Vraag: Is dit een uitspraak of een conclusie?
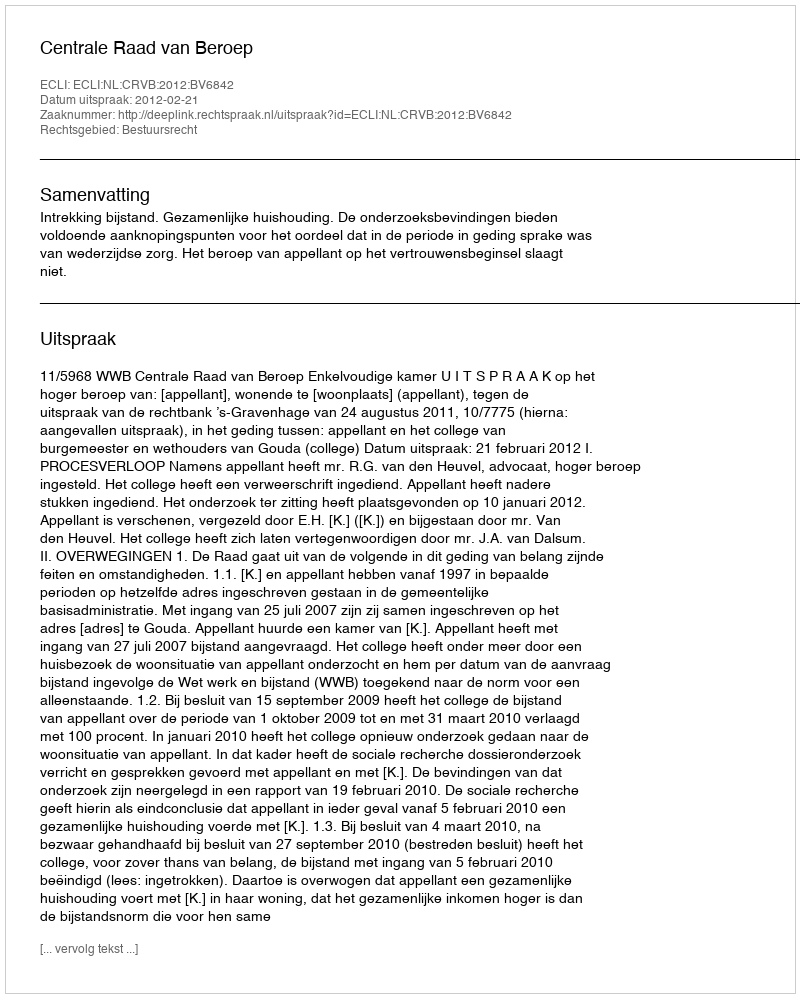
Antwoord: Uitspraak